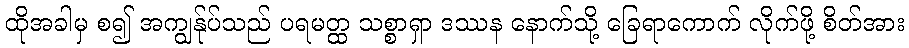
ထိုအခါမှ စ၍ အကျွန်ုပ်သည် ပရမတ္ထ သစ္စာရှာ ဒဿန နောက်သို့ ခြေရာကောက် လိုက်ဖို့ စိတ်အား